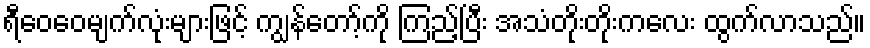
ရီဝေဝေမျက်လုံးများဖြင့် ကျွန်တော့်ကို ကြည့်ပြီး အသံတိုးတိုးကလေး ထွက်လာသည်။